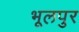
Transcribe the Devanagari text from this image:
भूलपुर